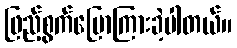
ဖြည့်စွက်ပြောကြားခဲ့ပါတယ်။